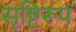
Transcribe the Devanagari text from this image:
सृष्टिरूप